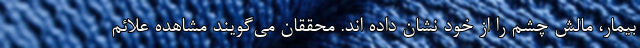
بیمار، مالش چشم را از خود نشان داده اند. محققان می‌گویند مشاهده علائم